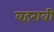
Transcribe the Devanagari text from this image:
बहरावी